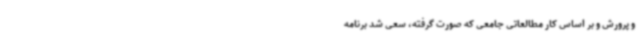
و پرورش و بر اساس کار مطالعاتی جامعی که صورت گرفته، سعی شد برنامه